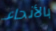
بالأنحاء